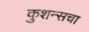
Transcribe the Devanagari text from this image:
कुशन्सचा